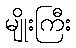
မျိုးကြီး